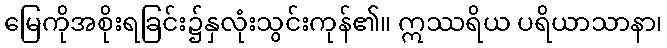
မြေကိုအစိုးရခြင်း၌နှလုံးသွင်းကုန်၏။ ဣဿရိယ ပရိယာသာနာ၊